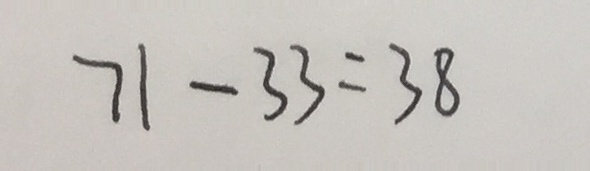
7 1 - 3 3 = 3 8